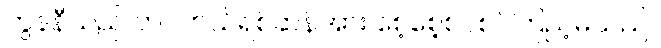
ဘွန်နီသည် တပ်ဟယ်ရစ်ဆန်အား စေ့စေ့စပ်စပ်ကြည့်မိသည်။